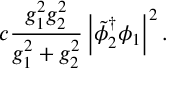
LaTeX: c { \frac { g _ { 1 } ^ { 2 } g _ { 2 } ^ { 2 } } { g _ { 1 } ^ { 2 } + g _ { 2 } ^ { 2 } } } \left| { \tilde { \phi } _ { 2 } } ^ { \dagger } \phi _ { 1 } \right| ^ { 2 } .